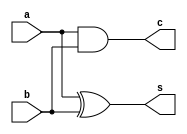
`timescale 1ns / 1ps
//////////////////////////////////////////////////////////////////////////////////
// Company: 
// Engineer: 
// 
// Design Name: 
// Module Name:    Half_Adder 
// Project Name: 
// Target Devices: 
// Tool versions: 
// Description: 
//
// Dependencies: 
//
// Revision: 
// Revision 0.01 - File Created
// Additional Comments: 
//
//////////////////////////////////////////////////////////////////////////////////

module Half_Adder(
    input a,
    input b,
    output s,
    output c
    );

	 xor(s, a, b);
	 and(c, a, b);

endmodule